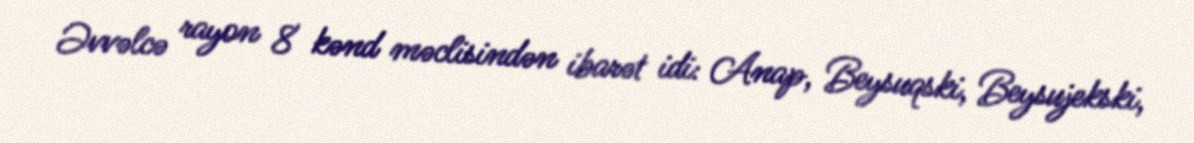
Əvvəlcə rayon 8 kənd məclisindən ibarət idi: Anap, Beysuqski, Beysujekski,